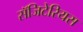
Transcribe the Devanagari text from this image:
सॅजिटेरियस